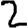
Digit: 2